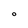
Character: O